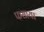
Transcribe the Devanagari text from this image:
फसाया